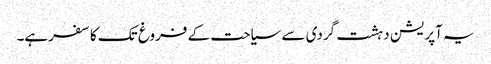
یہ آپریشن دہشت گردی سے سیاحت کے فروغ تک کا سفرہے۔